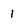
Character: I